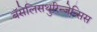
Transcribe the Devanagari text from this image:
बॅसेलिसथुरिन्जेन्सिस